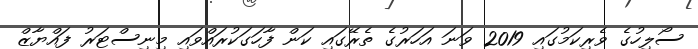
ސޯލިހުގެ ވެރިކަމުގައި 2019 ވަނަ އަހަރުގެ ތެރޭގައި ކަން ފާހަގަކުރައްވައި މިނިސްޓަރު ފައްޔާޒް